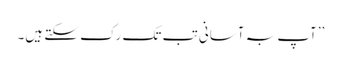
’’آپ بہ آسانی تب تک رک سکتے ہیں۔